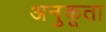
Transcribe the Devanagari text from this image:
अनुकूता